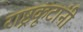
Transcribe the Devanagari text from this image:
राष्ट्रकूटांनी